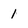
Character: 1